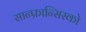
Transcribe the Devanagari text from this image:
सान्फ्रान्सिस्को